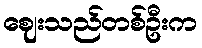
ဈေးသည်တစ်ဦးက